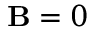
\mathbf { B } = 0